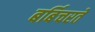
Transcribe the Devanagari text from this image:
बर्बिचरते